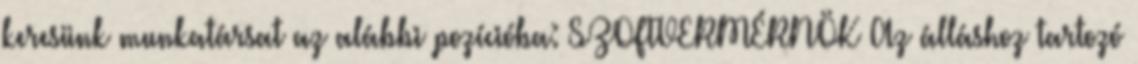
keresünk munkatársat az alábbi pozícióba: SZOFTVERMÉRNÖK Az álláshoz tartozó